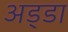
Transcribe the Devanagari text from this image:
अड्‍डा